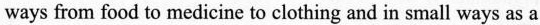
ways from food to medicine to clothing and in small ways as a